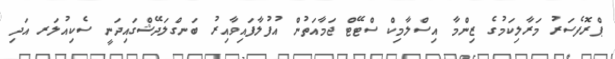
ޕްރޮފެސަރު މަރާލިކަމުގެ ޒިންމާ އިސްލާމިކް ސްޓޭޓް ޖަމާއަތުން އުފުލާފައިވާއިރު ބަނގްލަދޭޝްގައިދަނީ ސެކިއުލަރ އަދި